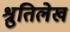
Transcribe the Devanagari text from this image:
श्रुतिलेख